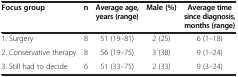
<table><thead><tr><td><b>Focus group</b></td><td><b>n</b></td><td><b>Average age, years (range)</b></td><td><b>Male (%)</b></td><td><b>Average time since diagnosis, months (range)</b></td></tr></thead><tbody><tr><td>1. Surgery</td><td>8</td><td>51 (19–81)</td><td>2 (25)</td><td>6 (1–18)</td></tr><tr><td>2. Conservative therapy</td><td>8</td><td>56 (19–75)</td><td>3 (38)</td><td>9 (1–24)</td></tr><tr><td>3. Still had to decide</td><td>6</td><td>51 (33–75)</td><td>2 (33)</td><td>9 (3–24)</td></tr></tbody></table>